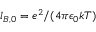
l _ { B , 0 } = e ^ { 2 } / ( 4 \pi \epsilon _ { 0 } k T )